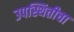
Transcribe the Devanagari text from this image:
उपस्थितीचा